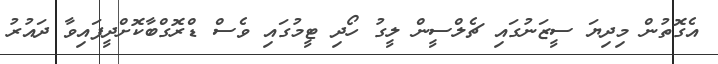
އެގޮތުން މިދިޔަ ސީޒަނުގައި ޗެލްސީން ލީގު ހޯދި ޓީމުގައި ވެސް ޑްރޮގްބާކޮށްދީފައިވާ ދައުރު